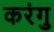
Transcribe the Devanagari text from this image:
करंगु